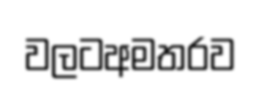
වලටඅමතරව